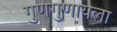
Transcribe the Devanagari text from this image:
गुणगुणायला